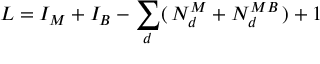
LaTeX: L = I _ { M } + I _ { B } - \sum _ { d } ( \, N _ { d } ^ { M } + N _ { d } ^ { M B } \, ) + 1